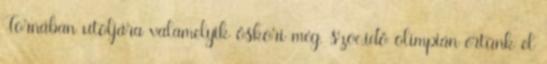
Tornában utoljára valamelyik őskori még. szoc.idő olimpián értünk el